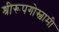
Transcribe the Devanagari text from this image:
श्रीरूपगोस्वामी